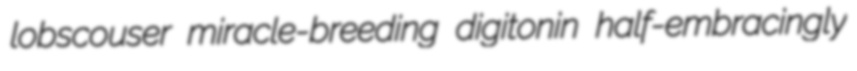
lobscouser miracle-breeding digitonin half-embracingly